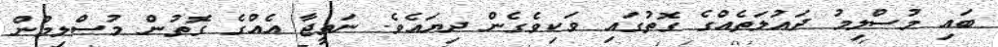
ބައި މުސްލިމު ދައުލަތެއްގެ ގޮތުގައި ވަކިވެގެން ދިޔައެވެ. ނަތީޖާ އެއްގެ ގޮތުން މުސްލިމުން